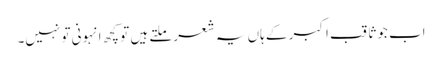
اب جو ثاقب اکبر کے ہاں یہ شعر ملتے ہیں تو کچھ انہونی تو نہیں۔